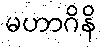
မဟာဂိနိ